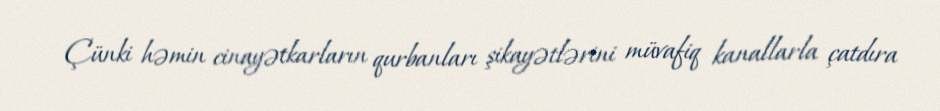
Çünki həmin cinayətkarların qurbanları şikayətlərini müvafiq kanallarla çatdıra